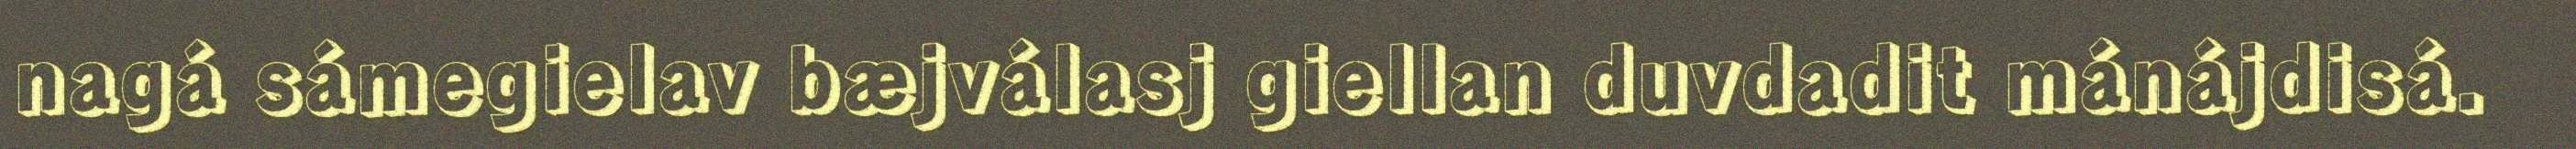
nagá sámegielav bæjválasj giellan duvdadit mánájdisá.